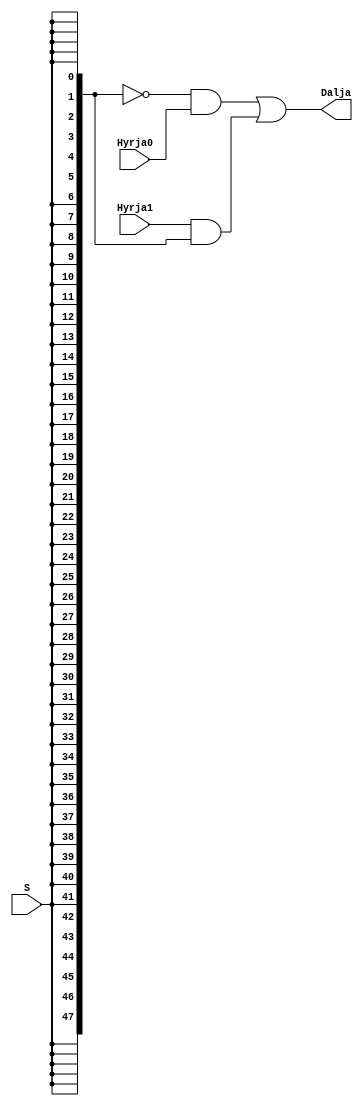
`timescale 1ns / 1ps
//////////////////////////////////////////////////////////////////////////////////
// Company: 
// Engineer: 
// 
// Design Name: 
// Module Name: Mux2ne1_48Bit
// Project Name: 
// Target Devices: 
// Tool Versions: 
// Description: 
// 
// Dependencies: 
// 
// Revision:
// Revision 0.01 - File Created
// Additional Comments:
// 
//////////////////////////////////////////////////////////////////////////////////

module Mux2ne1_48Bit(
input[47:0] Hyrja0,
    input[47:0] Hyrja1,
    input S,
    output[47:0] Dalja
    );
    
    wire [47:0] Sp;
    assign Sp = {48{S}};
    assign Dalja = (~Sp & Hyrja0) | (Hyrja1 & Sp);
endmodule